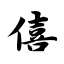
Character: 僖